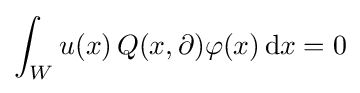
\int _{W}u(x)\,Q(x,\partial )\varphi (x)\,\mathrm {d} x=0